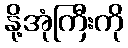
နို့အုံကြီးကို